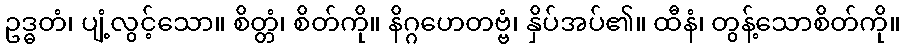
ဥဒ္ဓတံ၊ ပျံ့လွင့်သော။ စိတ္တံ၊ စိတ်ကို။ နိဂ္ဂဟေတဗ္ဗံ၊ နှိပ်အပ်၏။ ထီနံ၊ တွန့်သောစိတ်ကို။